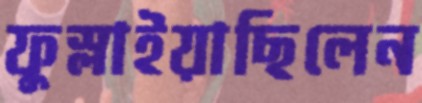
ফুস্‌লাইয়াছিলেন